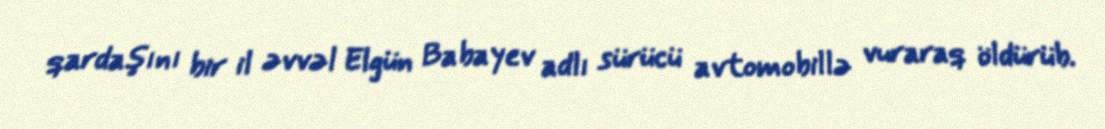
qardaşını bir il əvvəl Elgün Babayev adlı sürücü avtomobillə vuraraq öldürüb.